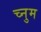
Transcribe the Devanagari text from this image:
च्नुम